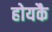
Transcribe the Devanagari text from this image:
होयकै